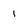
Character: I